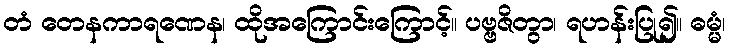
တံ တေနကာရဏေန၊ ထိုအကြောင်းကြောင့်။ ပဗ္ဗဇိတွာ၊ ရဟန်းပြု၍။ ဓမ္မံ၊